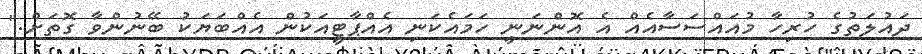
ދައުލަތުގެ ހުރިހާ މުއައްސަސާއެއް އެ އޮންނަނީ ހަމައެކަނި އެއްޕާޓީއަކުން އެއްބަޔަކު ބޭނުންވާ ގޮތަށް."